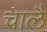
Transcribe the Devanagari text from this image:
चालै